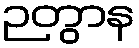
ဉတွာန